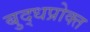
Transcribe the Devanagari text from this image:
बुद्धप्रोक्त